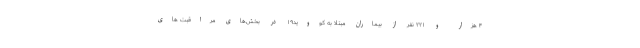
۴ هزار و ۲۲۱ نفر از بیماران مبتلا به کووید۱۹ در بخش‌های مراقبت های